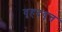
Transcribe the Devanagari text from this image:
वृहदवृत्त